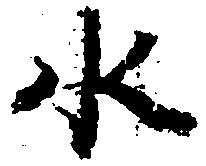
水